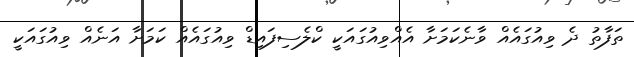
ތަފާތު ދެ ވިއުގައެއް ވާނެކަމަށާ އެއްވިއުގައަކީ ކްލެސިފައިޑް ވިއުގައެއް ކަމަށާ އަނެއް ވިއުގައަކީ